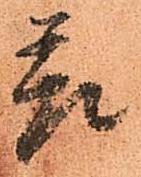
差